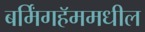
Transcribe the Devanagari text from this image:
बर्मिंगहॅममधील